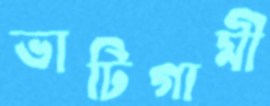
ভাটিগামী